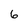
Character: 6